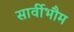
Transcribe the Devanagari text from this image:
सार्वीभौम